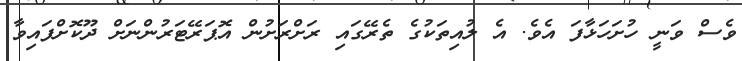
ވެސް ވަނީ ހުށަހަޅާފަ އެވެ. އެ ލުއިތަކުގެ ތެރޭގައި ރަށްރަށުން އޮޕަރޭޓަރުންނަށް ދޫކޮށްފައިވާ